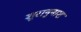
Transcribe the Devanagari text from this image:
शुरानुनाश